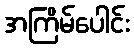
အကြိမ်ပေါင်း